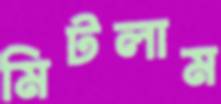
মিটলাম